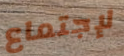
لإجتماع